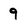
Character: 9